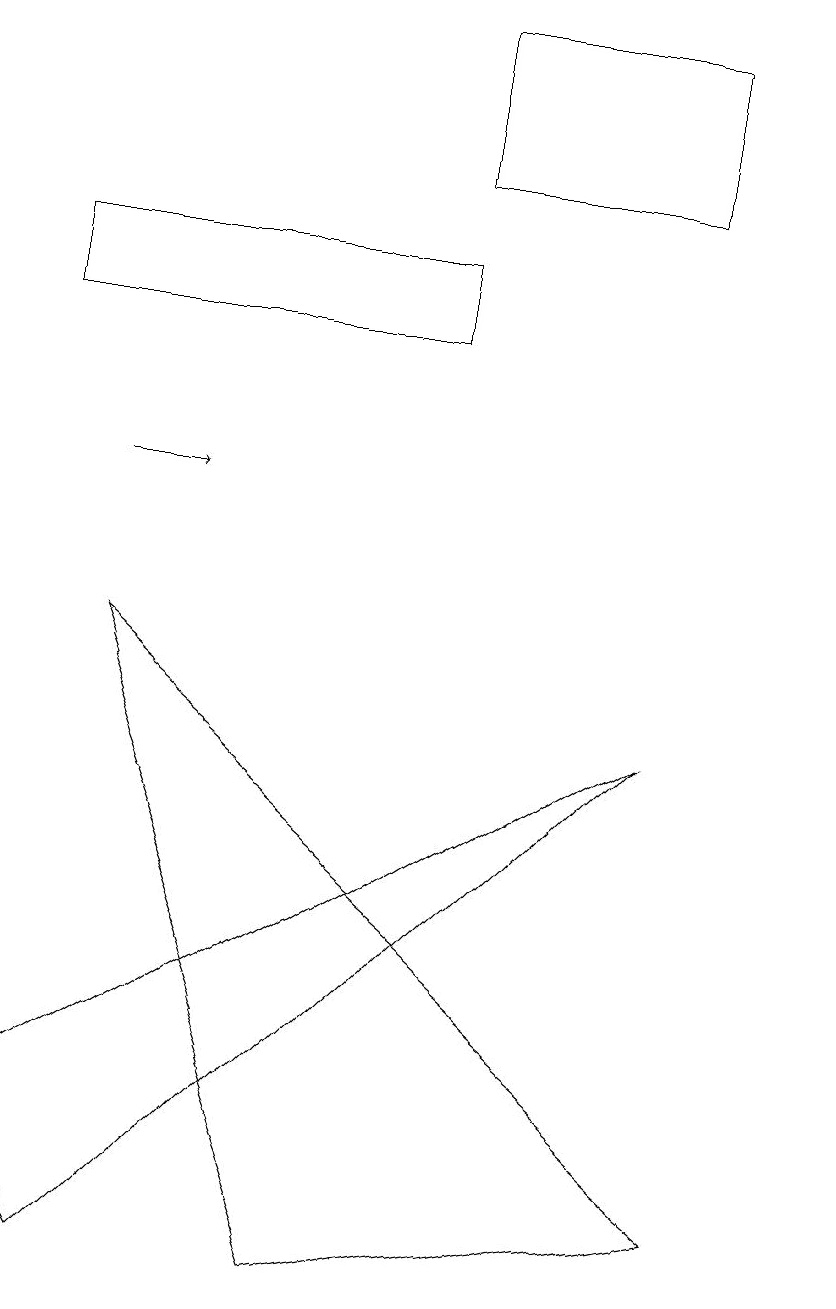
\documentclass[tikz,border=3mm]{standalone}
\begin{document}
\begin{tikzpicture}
\draw (1,8) -- (9,1) -- (4,0) -- cycle;
\draw (10,12) circle (0);
\draw (0,2) -- (8,7) -- (1,0) -- cycle;
\draw[->] (1,10) -- (2,10);
\draw (8,14) rectangle (5,16);
\draw (0,13) rectangle (5,12);
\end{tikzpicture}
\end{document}